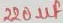
Text: 220µF